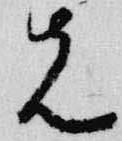
先